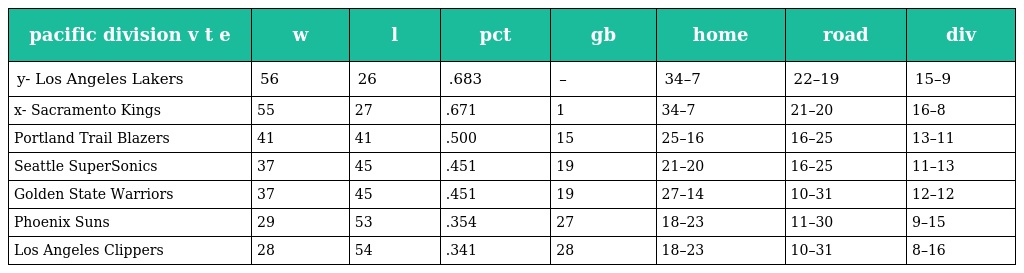
| pacific division v t e | w | l | pct | gb | home | road | div |
 | --- | --- | --- | --- | --- | --- | --- | --- |
 | y- Los Angeles Lakers | 56 | 26 | .683 | – | 34–7 | 22–19 | 15–9 |
 | x- Sacramento Kings | 55 | 27 | .671 | 1 | 34–7 | 21–20 | 16–8 |
 | Portland Trail Blazers | 41 | 41 | .500 | 15 | 25–16 | 16–25 | 13–11 |
 | Seattle SuperSonics | 37 | 45 | .451 | 19 | 21–20 | 16–25 | 11–13 |
 | Golden State Warriors | 37 | 45 | .451 | 19 | 27–14 | 10–31 | 12–12 |
 | Phoenix Suns | 29 | 53 | .354 | 27 | 18–23 | 11–30 | 9–15 |
 | Los Angeles Clippers | 28 | 54 | .341 | 28 | 18–23 | 10–31 | 8–16 |